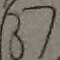
( 3 7